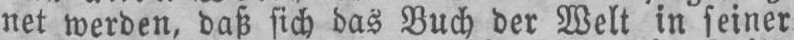
net werden, daß sich das Buch der Welt in seiner